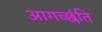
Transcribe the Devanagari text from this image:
आगच्छंति